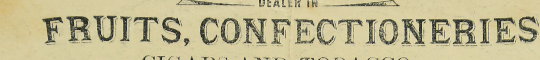
FRUITS, CONFECTIONERIES,